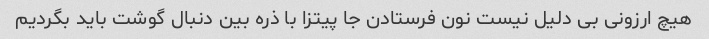
هیچ ارزونی بی دلیل نیست نون فرستادن جا پیتزا با ذره بین دنبال گوشت باید بگردیم